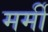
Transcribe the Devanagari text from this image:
मर्मी